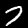
Digit: 7